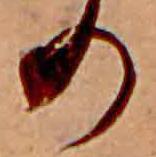
の